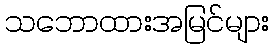
သဘောထားအမြင်များ